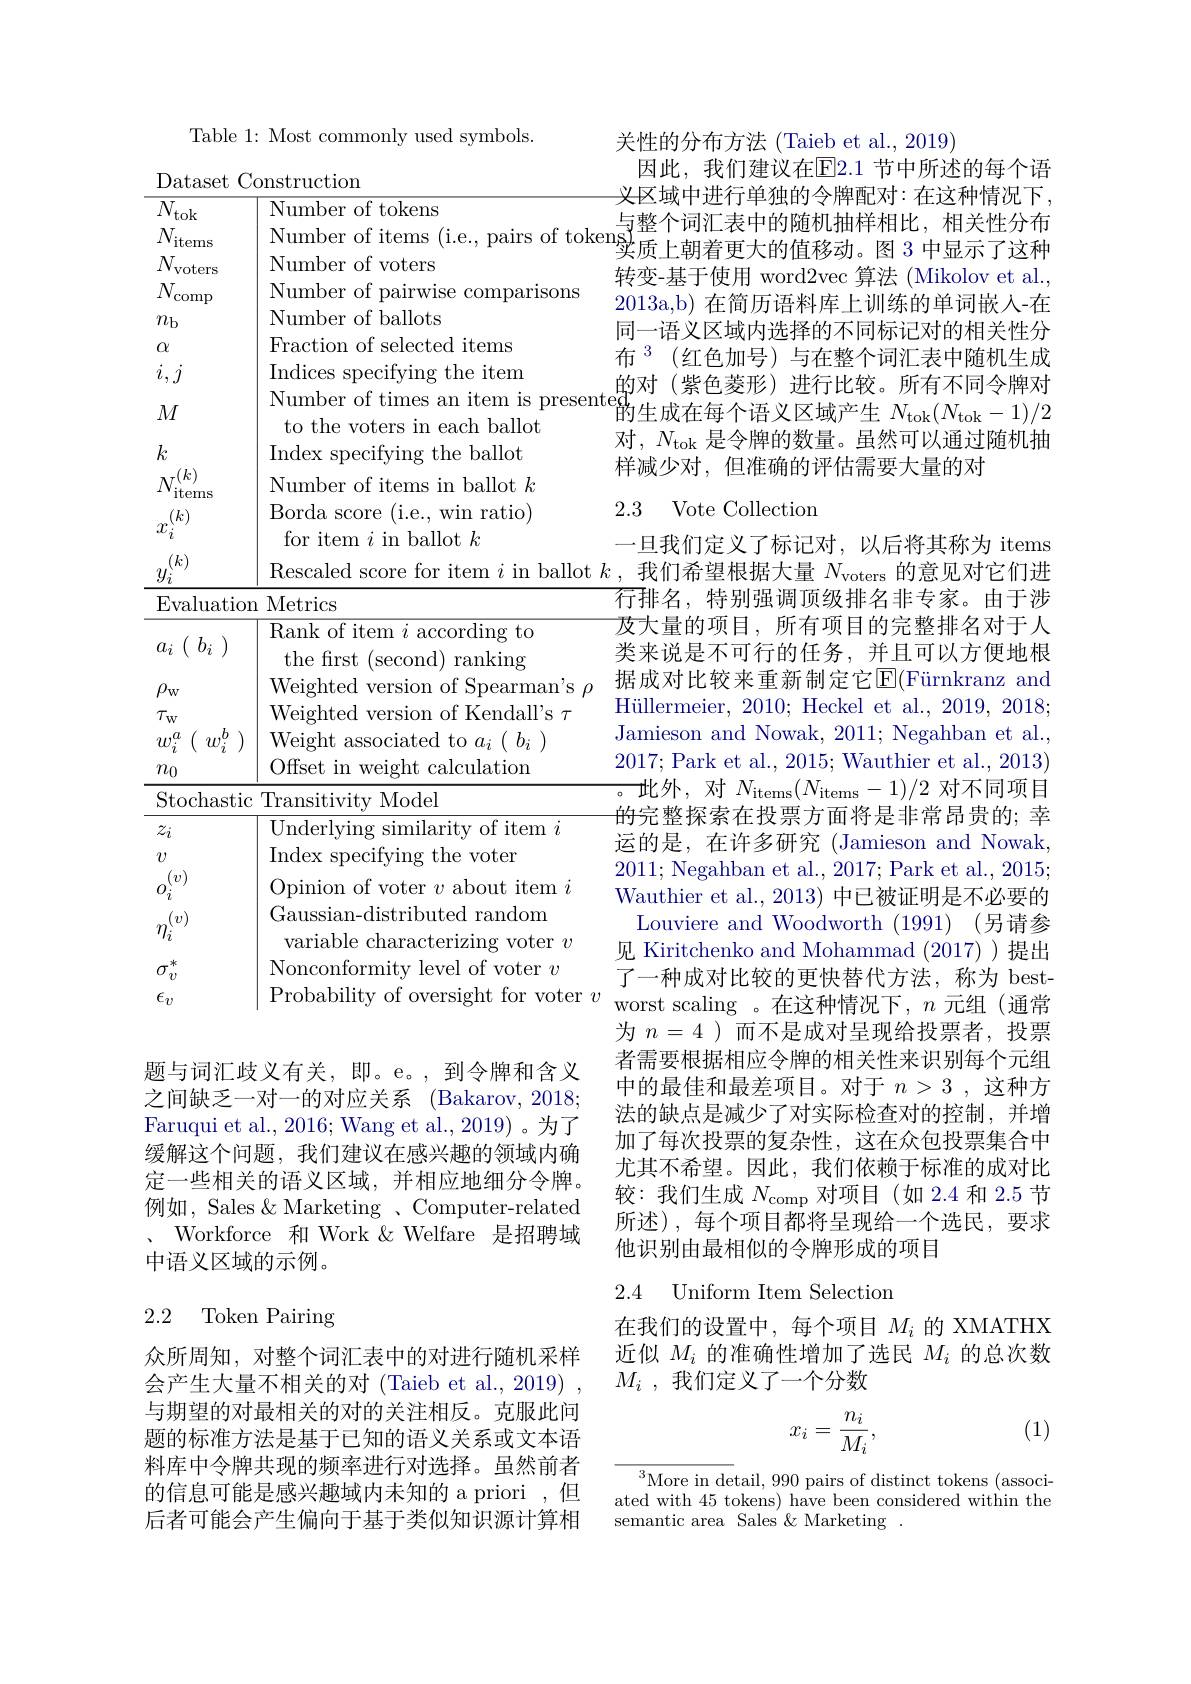
Table 1: Most commonly used symbols.

Dataset Construction
$\overline{N_{\mathrm{tok}}}$

$\overline{\text{Number of tokens}}$

Number of pairwise comparisons

$N_{\mathrm{comp}}$

Number of ballots

$n_\mathrm{b}$

Fraction of selected items

$\alpha$

Indices specifying the item

$i,j$

$M$

$k$

Index specifying the ballot

Number of items in ballot $k$

$N_{\mathrm{items}}^{(k)}$

Borda score (i.e., win ratio)

$x_i^{(k)}$

for item $i$ in ballot $k$

$\begin{array}{c}{{}\\{{}y_{i}^{(k)}}\\{{}}\\{{}}}{array}\end{array}$

$\underline{{\text{Evaluation Metrics}}}$

$\overline{\text{Rank of item }i\text{ according to}}$

$a_i$ ( $b_i$ )

the first (second) ranking

$\rho_{\mathrm{w}}$

Weighted version of Kendall's $\tau$

$\tau_{\mathrm{w}}$

$w_{i}^{a}$ ( $w_{i}^{b}$ ) | Weight associated to $a_i$ ( $b_{i}$ )

Offset in weight calculation

$n_0$

Stochastic Transitivity Model

$\frac{\text{Underlying similarity of item }i}$

$z_i$

Index specifying the voter

$v$

$o_i^{(v)}$

Opinion of voter $v$ about item $i$

Gaussian-distributed random

$\eta_i^{(v)}$

variable characterizing voter $v$

Nonconformity level of voter $v$

$\sigma_v^*$

$\epsilon_v$

题与词汇歧义有关，即。e。,到令牌和含义之间缺乏一对一的对应关系 (Bakarov,2018; Faruqui et al., 2016; Wang et al., 2019) 。为了缓解这个问题，我们建议在感兴趣的领域内确定一些相关的语义区域，并相应地细分令牌。例如，Sales & Marketing 、Computer-related $、$Workforce 和 Work & Welfare 是招聘域中语义区域的示例。

### 2.2 Token Pairing

众所周知，对整个词汇表中的对进行随机采样会产生大量不相关的对(Taieb et al., 2019) 与期望的对最相关的对的关注相反。克服此问题的标准方法是基于已知的语义关系或文本语料库中令牌共现的频率进行对选择。虽然前者的信息可能是感兴趣域内未知的 a priori ,但后者可能会产生偏向于基于类似知识源计算相

关性的分布方法 (Taieb et al., 2019)
因此，我们建议在$\overline{\mathrm{E}}$2.1 节中所述的每个语义区域中进行单独的令牌配对：在这种情况下，
转变-基于使用 word2vec 算法 (Mikolov et al. 2013a,b) 在简历语料库上训练的单词嵌人-在同一语义区域内选择的不同标记对的相关性分布$^{3}$(红色加号)与在整个词汇表中随机生成
$\begin{array}{c}\text{indices speciryng the trem}\\\text{Number of times an item is presented}\\\text{to the voters in each ballot}\end{array}$的生成在每个语义区域产生 $N_\mathrm{tok}(N_\mathrm{tok}-1)/2\\\begin{array}{c}\text{to the voters in each ballot}\\\text{对 }N_\mathrm{t}\:\:N_\mathrm{~}\text{ ,且入曲的数量}&\text{ 虽然可以通过阵机构}\end{array}$
对，$N_\mathrm{tok}$是令牌的数量。虽然可以通过随机抽
样减少对，但准确的评估需要大量的对

### 2.3 Vote Collection

一旦我们定义了标记对，以后将其称为 items
Rescaled score for item $i$ in ballot $k$,我们希望根据大量$N_\mathrm{voters}$的意见对它们进
$\overline{\text{行排名，特别强调顶级排名非专家。由于涉}}$ 及大量的项目，所有项目的完整排名对于人类来说是不可行的任务，并且可以方便地根
H$\" {u}$llermeier, 2010; Heckel et al. , 2019, 2018; Jamieson and Nowak, 2011; Negahban et al. 2017;Park et al., 2015; Wauthier et al., 2013) 。此外，对$N_\mathrm{items}(N_\mathrm{items}-1)/2$ 对不同项目的完整探索在投票方面将是非常昂贵的；幸运的是，在许多研究(Jamieson and Nowak, 2011; Negahban et al., 2017; Park et al., 2015; Wauthier et al., 2013) 中已被证明是不必要的
Louviere and Woodworth (1991) (另请参见 Kiritchenko and Mohammad (2017))提出了一种成对比较的更快替代方法，称为 best-
Probability of oversight for voter $v$ worst scaling 。在这种情况下，$n$元组(通常
为$n=4$ )而不是成对呈现给投票者，投票者需要根据相应令牌的相关性来识别每个元组中的最佳和最差项目。对于$n>3$,这种方法的缺点是减少了对实际检查对的控制，并增加了每次投票的复杂性，这在众包投票集合中尤其不希望。因此，我们依赖于标准的成对比较：我们生成$N_\mathrm{comp}$对项目(如 2.4 和 2.5 节所述),每个项目都将呈现给一个选民，要求他识别由最相似的令牌形成的项目

### 2.4 Uniform Item Selectior

在我们的设置中，每个项目$M_i$的 XMATHX 近似$M_i$的准确性增加了选民$M_i$的总次数$M_i$ , 我们定义了一个分数

(1)
$$x_i=\frac{n_i}{M_i},$$
$^{3}$More in detail, 990 pairs of distinct tokens (associated with 45 tokens) have been considered within the semantic area Sales'&Marketing .